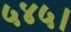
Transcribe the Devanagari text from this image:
५४५।